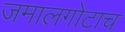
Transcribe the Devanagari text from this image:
जमालगोटाच